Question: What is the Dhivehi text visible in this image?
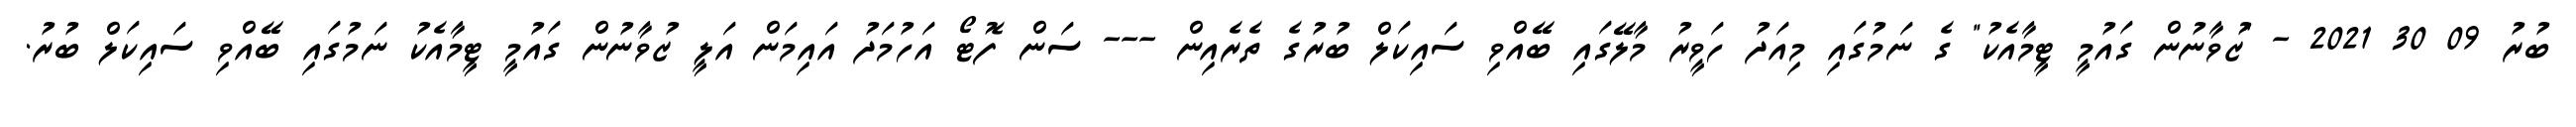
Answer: ބުރު 09 30 2021 - "ޒުވާނުން ގައުމީ ޓީމާއެކު" ގެ ނަމުގައި މިއަދު ހަވީރު މާލޭގައި ބޭއްވި ސައިކަލް ބުރުގެ ތެރެއިން --- ސަން ފޮޓޯ އަހުމަދު އައިމަން އަލީ ޒުވާނުން ގައުމީ ޓީމާއެކު ނަމުގައި ބޭއްވި ސައިކަލް ބުރު.